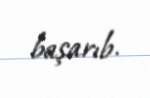
başarıb.